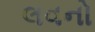
લવનો